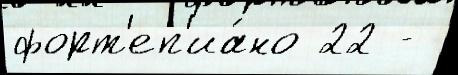
форт'еп'иа́но 22 -